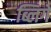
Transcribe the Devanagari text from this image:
ब्लिगे